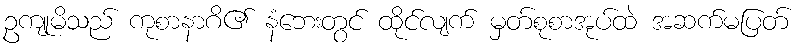
ဥကျုမိသည် ကုစာနာဂိ၏ နံဘေးတွင် ထိုင်လျက် မှတ်စုစာအုပ်ထဲ အဆက်မပြတ်